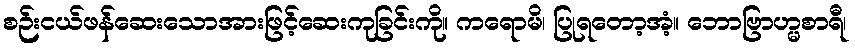
စဉ်းငယ်ဖန်ဆေးသောအားဖြင့်ဆေးကုခြင်းကို။ ကရောမိ၊ ပြုရတော့အံ့။ ဘောဗြာဟ္မစာရီ၊